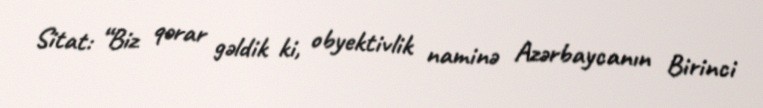
Sitat: “Biz qərar gəldik ki, obyektivlik naminə Azərbaycanın Birinci